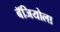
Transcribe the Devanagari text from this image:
बॅजियोला